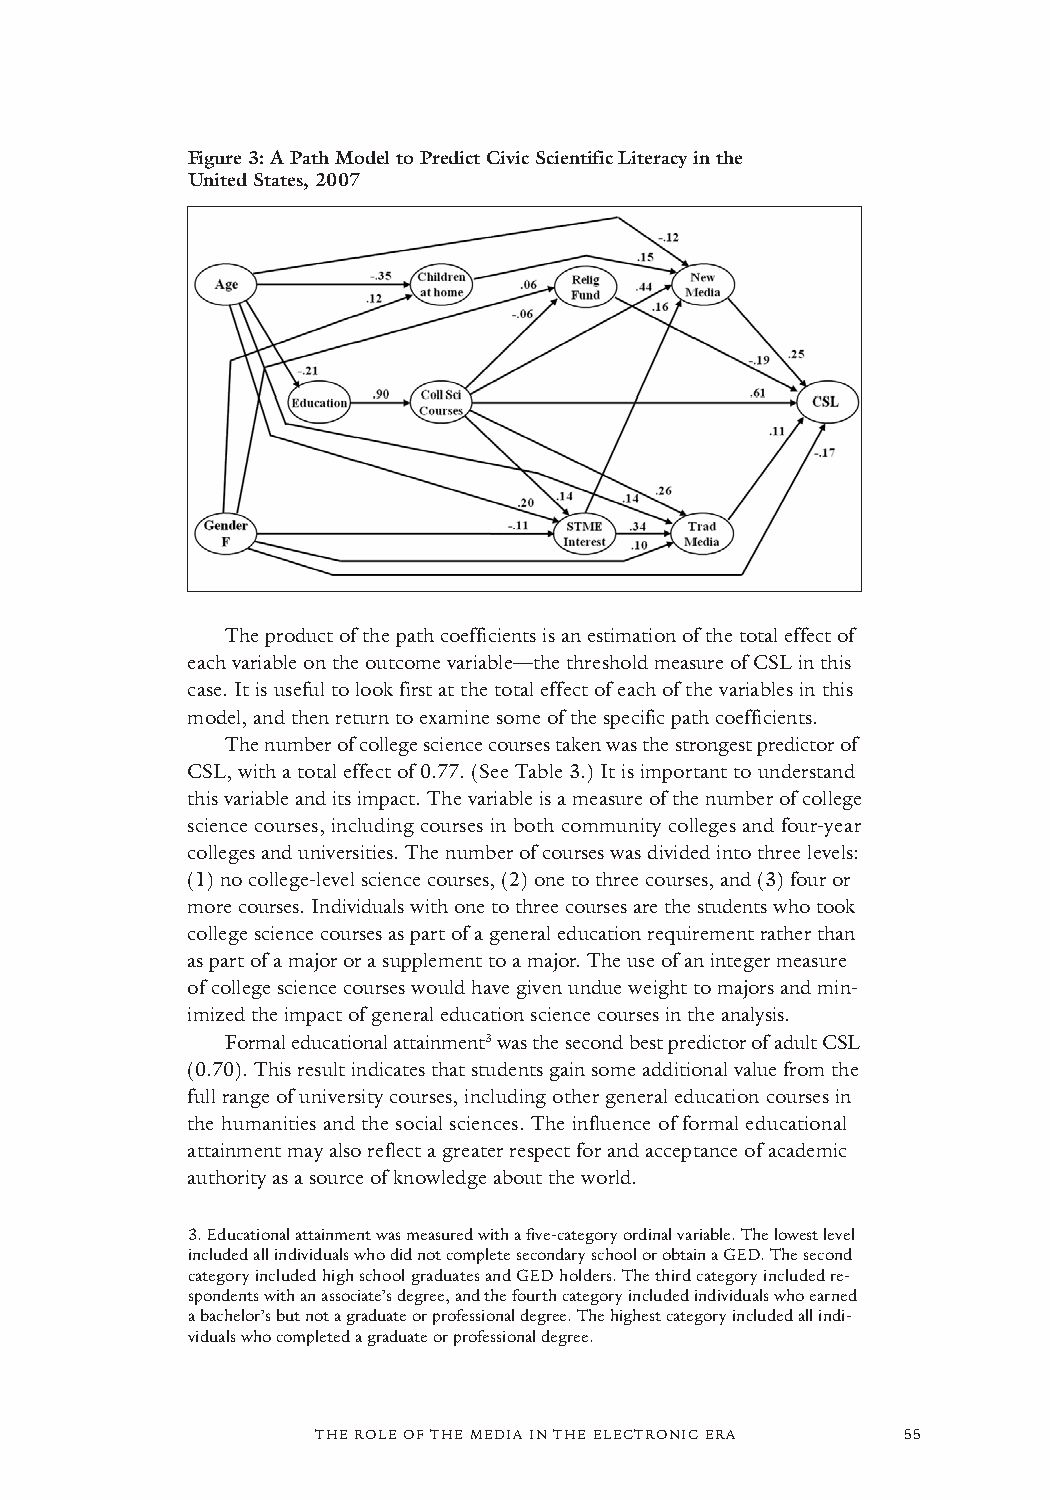
Figure 3: A Path Model to Predict Civic Scientific Literacy in the
 United States, 2007
 The product of the path coefficients is an estimation of the total effect of
 each variable on the outcome variable—the threshold measure of CSL in this
 case. It is useful to look first at the total effect of each of the variables in this
 model, and then return to examine some of the specific path coefficients.
 The number of college science courses taken was the strongest predictor of
 CSL, with a total effect of 0.77. (See Table 3.) It is important to understand
 this variable and its impact. The variable is a measure of the number of college
 science courses, including courses in both community colleges and four-year
 colleges and universities. The number of courses was divided into three levels:
 (1) no college-level science courses, (2) one to three courses, and (3) four or
 more courses. Individuals with one to three courses are the students who took
 college science courses as part of a general education requirement rather than
 as part of a major or a supplement to a major. The use of an integer measure
 of college science courses would have given undue weight to majors and min-
 imized the impact of general education science courses in the analysis.
 Formal educational attainment3was the second best predictor of adult CSL
 (0.70). This result indicates that students gain some additional value from the
 full range of university courses, including other general education courses in
 the humanities and the social sciences. The influence of formal educational
 attainment may also reflect a greater respect for and acceptance of academic
 authority as a source of knowledgeabout the world.
 3.Educational attainment was measured with a five-category ordinal variable. The lowest level
 included all individuals who did not complete secondary school or obtain a GED. The second
 category included high school graduates and GED holders. The third category included re-
 spondents with an associate’s degree, and the fourth category included individuals who earned
 a bachelor’s but not a graduate or professional degree. The highest category included all indi-
 viduals who completed a graduate or professional degree.
 THE ROLE OF THE MEDIA IN THE ELECTRONIC ERA 55